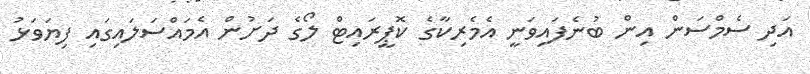
އަދި ސެމްސަން އިން ބުނެފައިވަނީ އެމެރިކާގެ ކޮޕީރައިޓް ލޯގެ ދަށުން އެމައްސަލައިގައި ފިޔަވަޅު